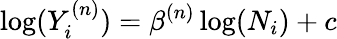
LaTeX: \log(Y_{i}^{(n)})=\beta^{(n)}\log(N_{i})+c